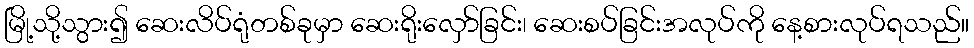
မြို့သို့သွား၍ ဆေးလိပ်ရုံတစ်ခုမှာ ဆေးရိုးလှော်ခြင်း၊ ဆေးစပ်ခြင်းအလုပ်ကို နေ့စားလုပ်ရသည်။